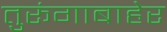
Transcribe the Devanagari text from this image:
तुरूंगाबाहेर